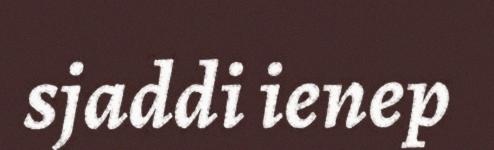
sjaddi ienep